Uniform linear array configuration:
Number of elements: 64
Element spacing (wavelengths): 0.25
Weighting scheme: kaiser
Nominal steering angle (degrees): -30
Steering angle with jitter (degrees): -31.065
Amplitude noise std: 0.05
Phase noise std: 0.05

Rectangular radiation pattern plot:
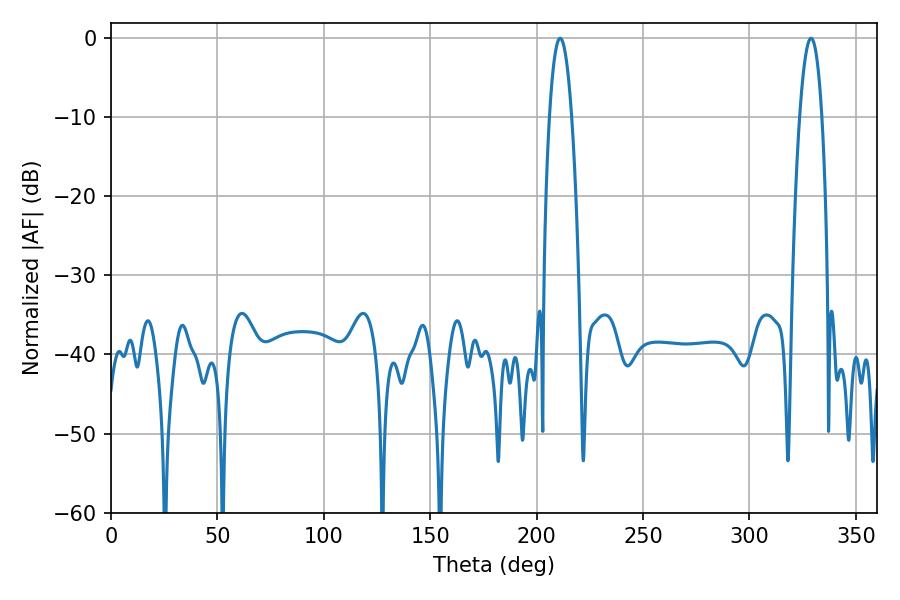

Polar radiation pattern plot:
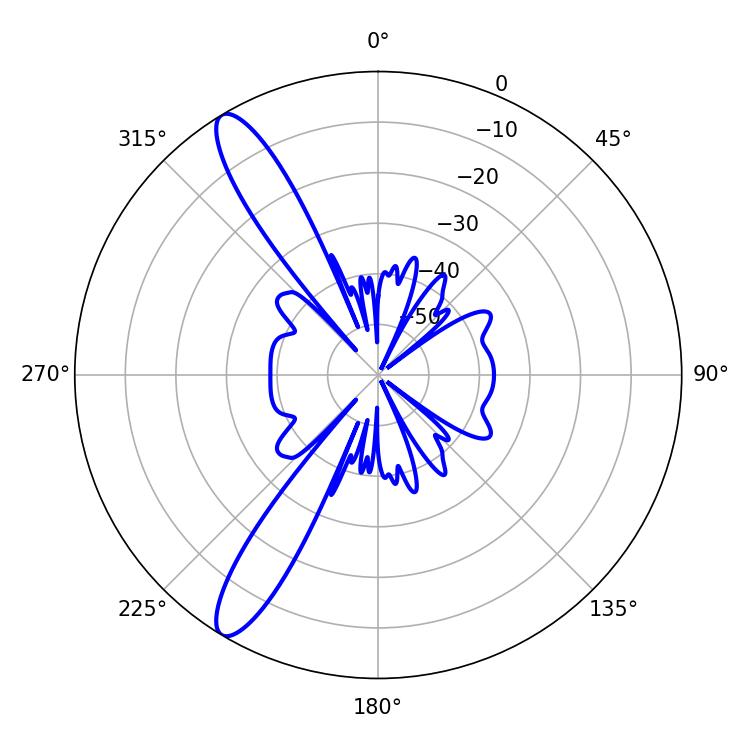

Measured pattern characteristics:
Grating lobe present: FALSE
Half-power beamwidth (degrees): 5.76
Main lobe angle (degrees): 210.96